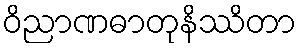
ဝိညာဏဓာတုနိဿိတာ